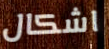
اشكال